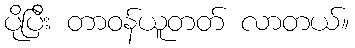
ပိုပြီး တာဝန်ယူတတ် လာတယ်။